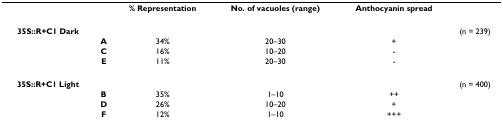
<table><thead><tr><td>[EMPTY_CELL]</td><td>[EMPTY_CELL]</td><td><b>% Representation</b></td><td><b>No. of vacuoles (range)</b></td><td><b>Anthocyanin spread</b></td><td>[EMPTY_CELL]</td></tr></thead><tbody><tr><td><b>35S::R+C1 Dark</b></td><td>[EMPTY_CELL]</td><td>[EMPTY_CELL]</td><td>[EMPTY_CELL]</td><td>[EMPTY_CELL]</td><td>(n = 239)</td></tr><tr><td>[EMPTY_CELL]</td><td><b>A</b></td><td>34%</td><td>20–30</td><td>+</td><td>[EMPTY_CELL]</td></tr><tr><td>[EMPTY_CELL]</td><td><b>C</b></td><td>16%</td><td>10–20</td><td>-</td><td>[EMPTY_CELL]</td></tr><tr><td>[EMPTY_CELL]</td><td><b>E</b></td><td>11%</td><td>20–30</td><td>-</td><td>[EMPTY_CELL]</td></tr><tr><td><b>35S::R+C1 Light</b></td><td>[EMPTY_CELL]</td><td>[EMPTY_CELL]</td><td>[EMPTY_CELL]</td><td>[EMPTY_CELL]</td><td>(n = 400)</td></tr><tr><td>[EMPTY_CELL]</td><td><b>B</b></td><td>35%</td><td>1–10</td><td>++</td><td>[EMPTY_CELL]</td></tr><tr><td>[EMPTY_CELL]</td><td><b>D</b></td><td>26%</td><td>10–20</td><td>+</td><td>[EMPTY_CELL]</td></tr><tr><td>[EMPTY_CELL]</td><td><b>F</b></td><td>12%</td><td>1–10</td><td>+++</td><td>[EMPTY_CELL]</td></tr></tbody></table>